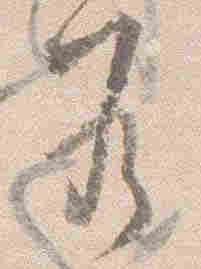
若